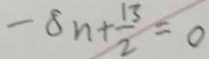
- 8 n + \frac { 1 3 } { 2 } = 0